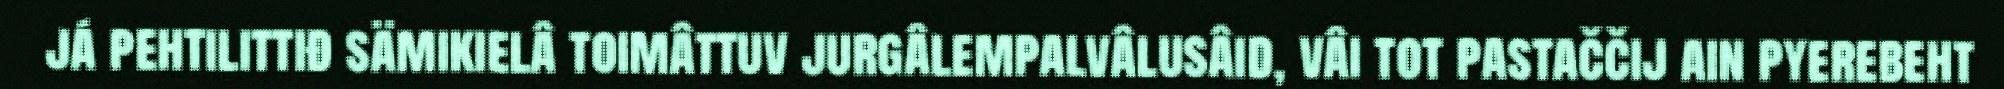
já pehtilittiđ sämikielâ toimâttuv jurgâlempalvâlusâid, vâi tot pastaččij ain pyerebeht